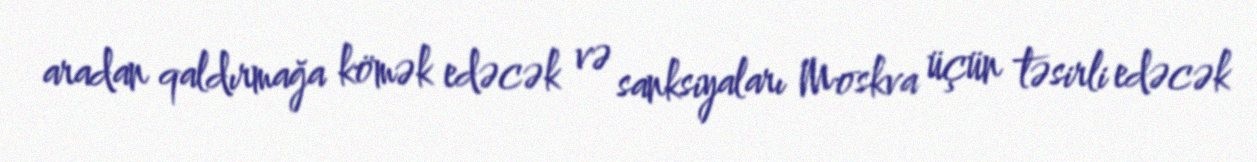
aradan qaldırmağa kömək edəcək və sanksiyaları Moskva üçün təsirli edəcək